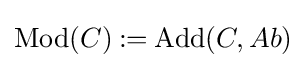
{\text{Mod}}(C)\mathbin {:=} {\text{Add}}(C,Ab)